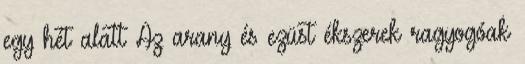
egy hét alatt Az arany és ezüst ékszerek ragyogóak